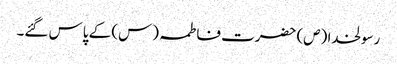
رسولخدا (ص) حضرت فاطمہ (س) کے پاس گئے۔